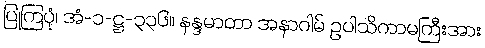
ပြုကြပုံ၊ အံ-၁-ဋ္ဌ-၃၃၆။ နန္ဒမာတာ အနာဂါမ် ဥပါသိကာမကြီးအား